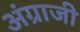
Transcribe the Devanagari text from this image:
अंग्राजी